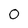
Character: 0